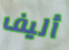
أليف